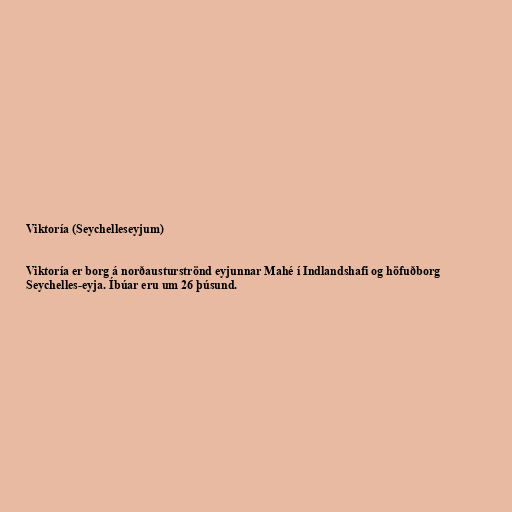
Viktoría (Seychelleseyjum)

Viktoría er borg á norðausturströnd eyjunnar Mahé í Indlandshafi og höfuðborg
Seychelles-eyja. Íbúar eru um 26 þúsund.